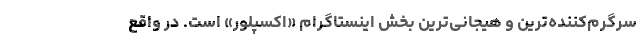
سرگرم‌کننده‌ترین و هیجانی‌ترین بخش اینستاگرام «اکسپلور» است. در واقع